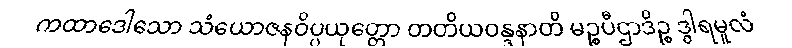
ကထာဒေါသော သံယောဇနဝိပ္ပယုတ္တော တတိယဝန္ဒနာတိ မဉ္စပီဌာဒိဉ္စ ဒွါရမူလံ